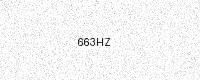
Text: 663HZ